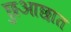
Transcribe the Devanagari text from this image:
छुआछात